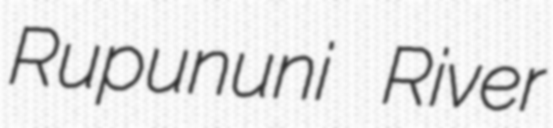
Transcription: Rupununi River